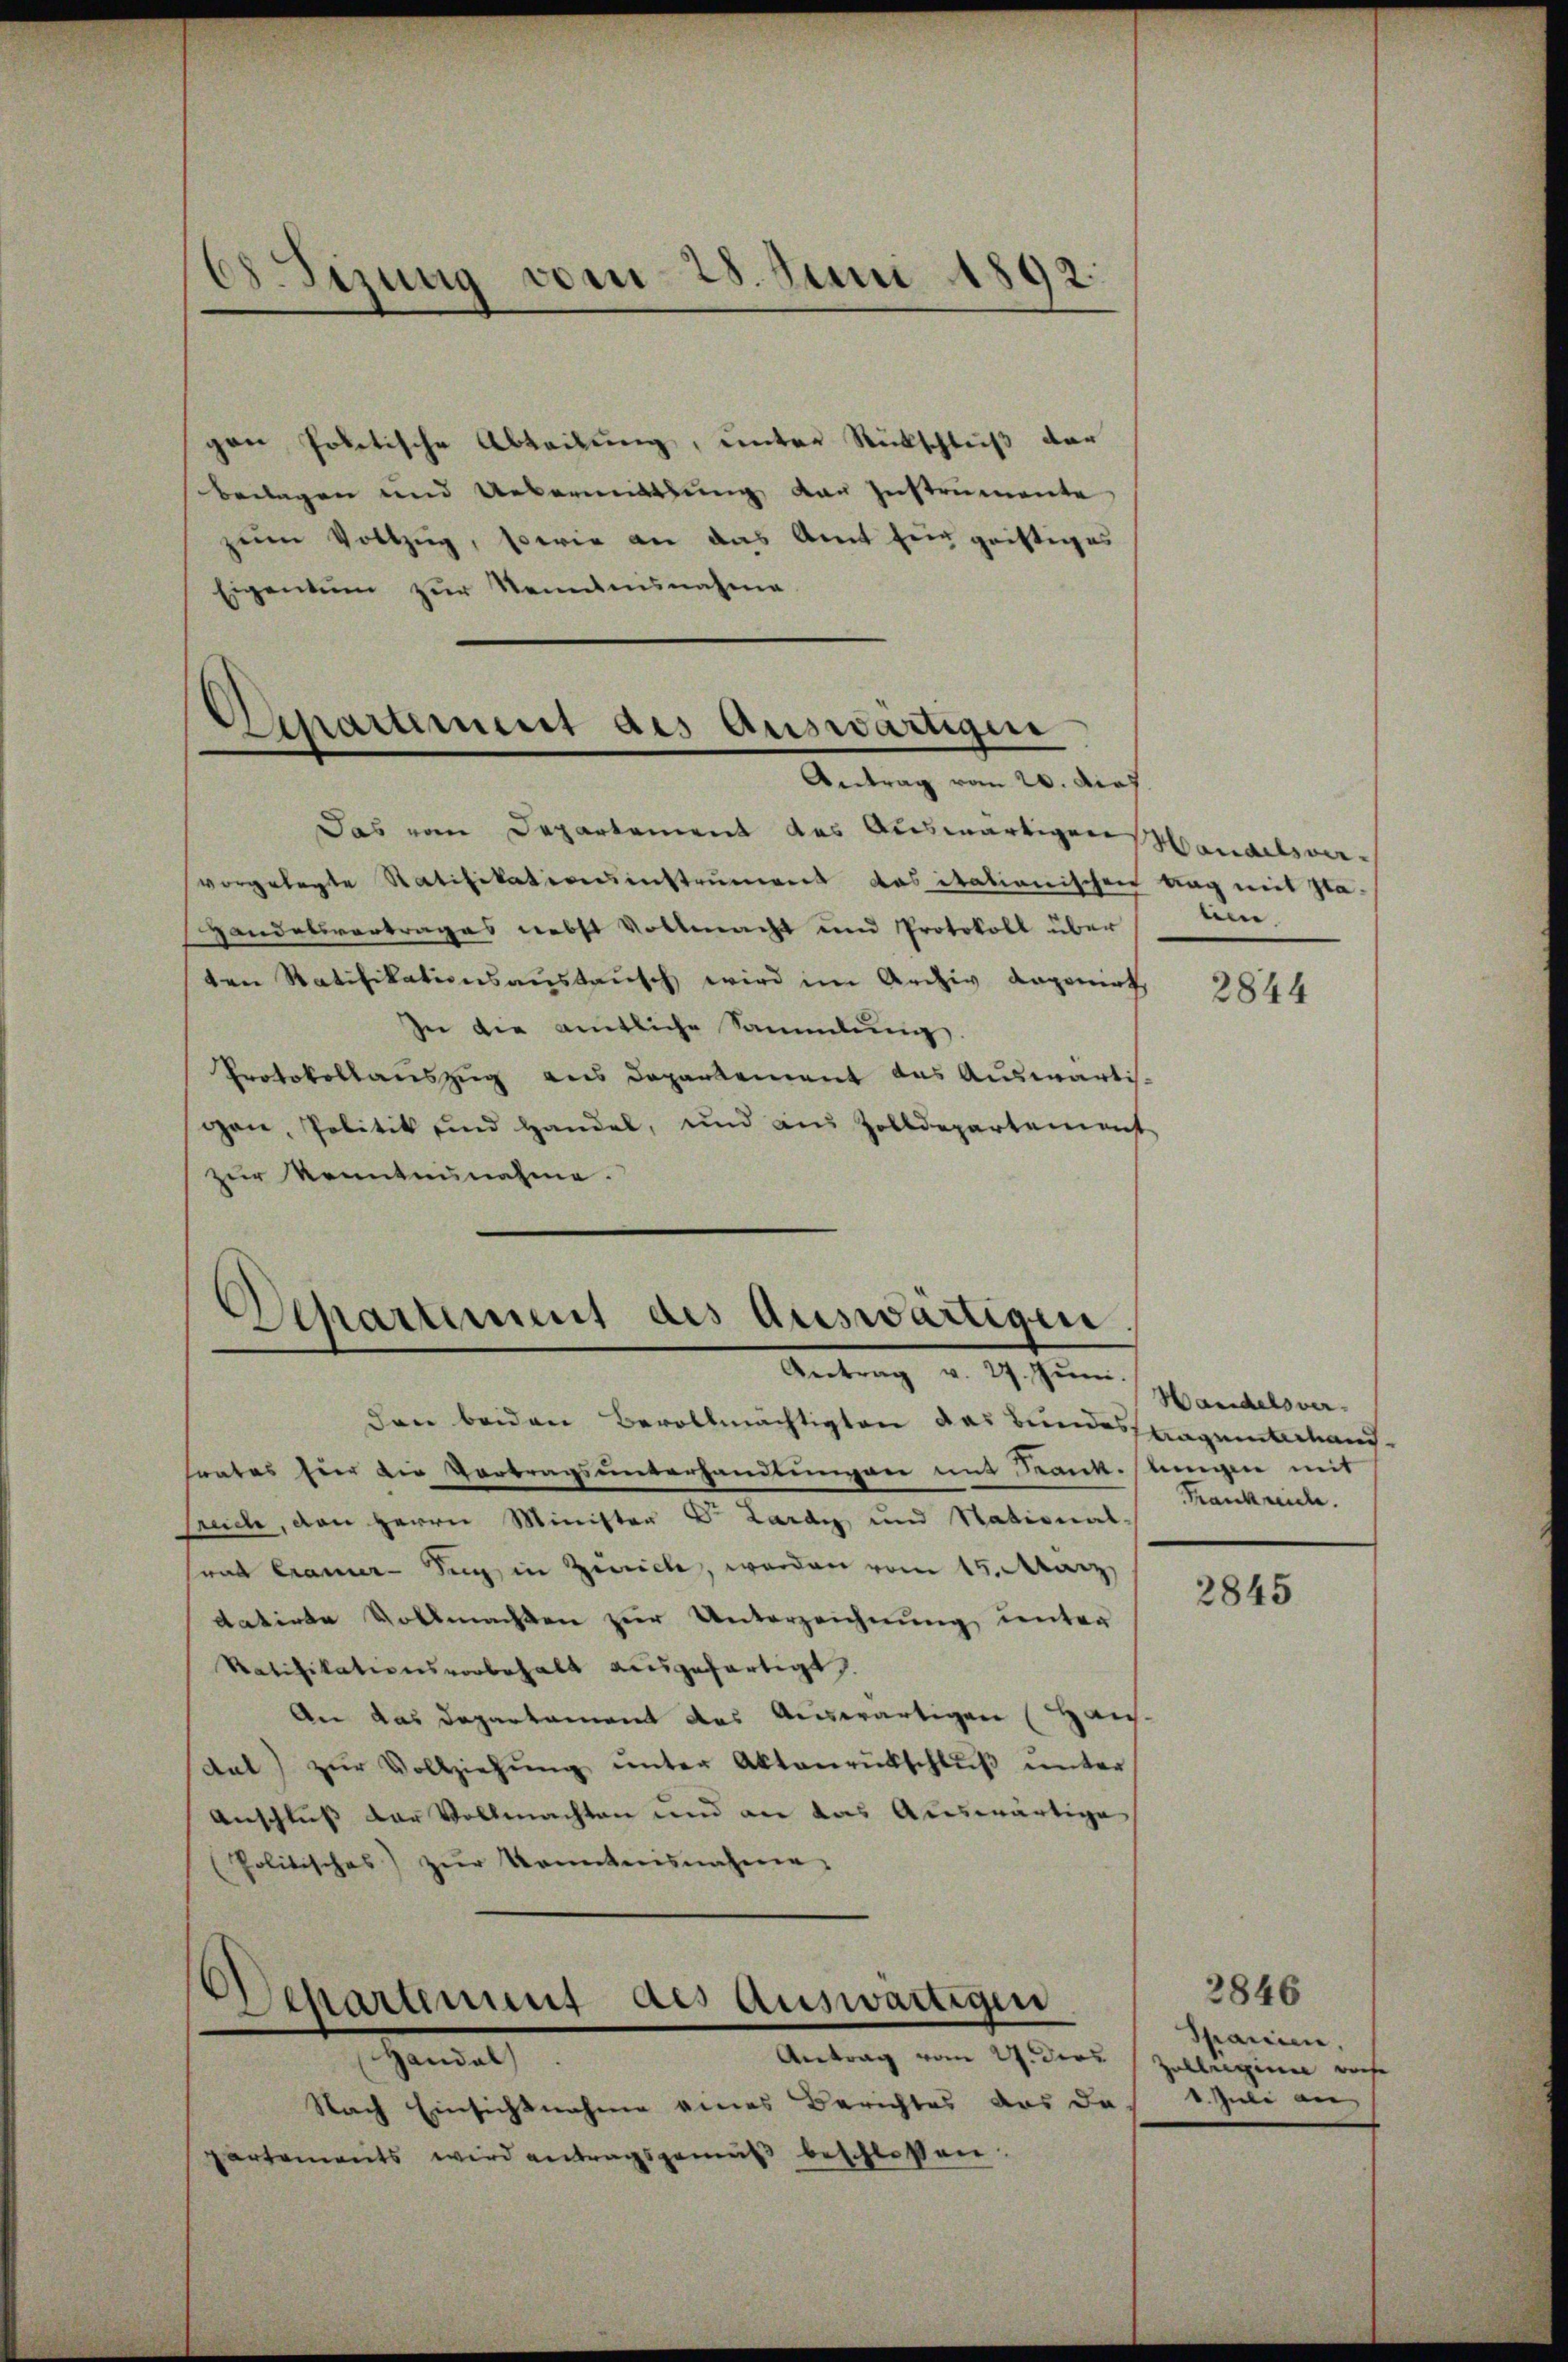
d.Sizung vom 28. Juni 1892.

gen Politische Abteilung, unter Rückschluß der
Beilagen und Uebermittlung der Instrumente
zŭm Vollzug, sowie an das Amt für geistiges
Eigentum zur Senntnisnahme

Anartiment des auswärtigen

Das vom Departement des Auswärtigen
vorgelegte Ratifikationsinstrument das itationischen Tag mit Gla-
Handelsvertrages nebst Vollmacht und Protokoll über
ten Ratifikationsaustausch wird im Archiv dageniess
In die amtliche Sammlung
Protokollauszug aus Departement des Auswärtigan, Politik und Handel, und aus Zolldepartement
zur Kenntnisnahme.

Departement des Auswärtigen
Antrag d. 19. Jenn

Schartenung des Auswärtigen

den beiden Bevollmächtigten das Bundesstragunterhaus-
trates hier die Vertragsunterhandlungen mit Kank. Ungen mit
sreiche, den Herrn Minister Dr. Lardy und Stational-
rad Cramer- Sag, in Zürich, worden vom 15. März,
datirte Vollmachten zur Unterzeichnung unter
Ratifikationsvorbehalt ausgefertigt.
An das Departament das Auswärtigen (Haus-
dal) zŭr Vollziehŭng ŭnter Aktenrückschlŭβ ŭnter
Anschluß der Vollmachten und an das Auswärtige
(Politisches) zŭr Kenntnisnahme.
Antrag vom 27. ders
Hemat
Nach Einsichtnahme eines Berichtes das da
partements wird antragsgemäß beschlossen.

Mandelsverlin.

2844

Handelsver-
Frankreide.

2845

2846
Spanien,
Belegen weise
1. Juli an,